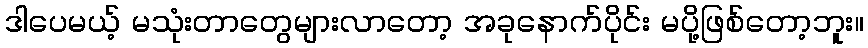
ဒါပေမယ့် မသုံးတာတွေများလာတော့ အခုနောက်ပိုင်း မပို့ဖြစ်တော့ဘူး။